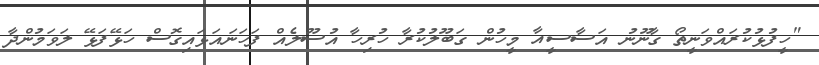
"ހީފުޅުކުރައްވަނީތޯ ގާނޫނު އަސާސީއާ މީހުން ގަބޫލުކުރާ ހުރިހާ އުސޫލެއް ފަހަނައަޅައިގޮސް ހަޅޭފަޅޭ ލަވަމުންދާ